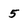
Character: 5